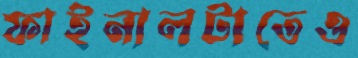
ফাইনালটাতেও